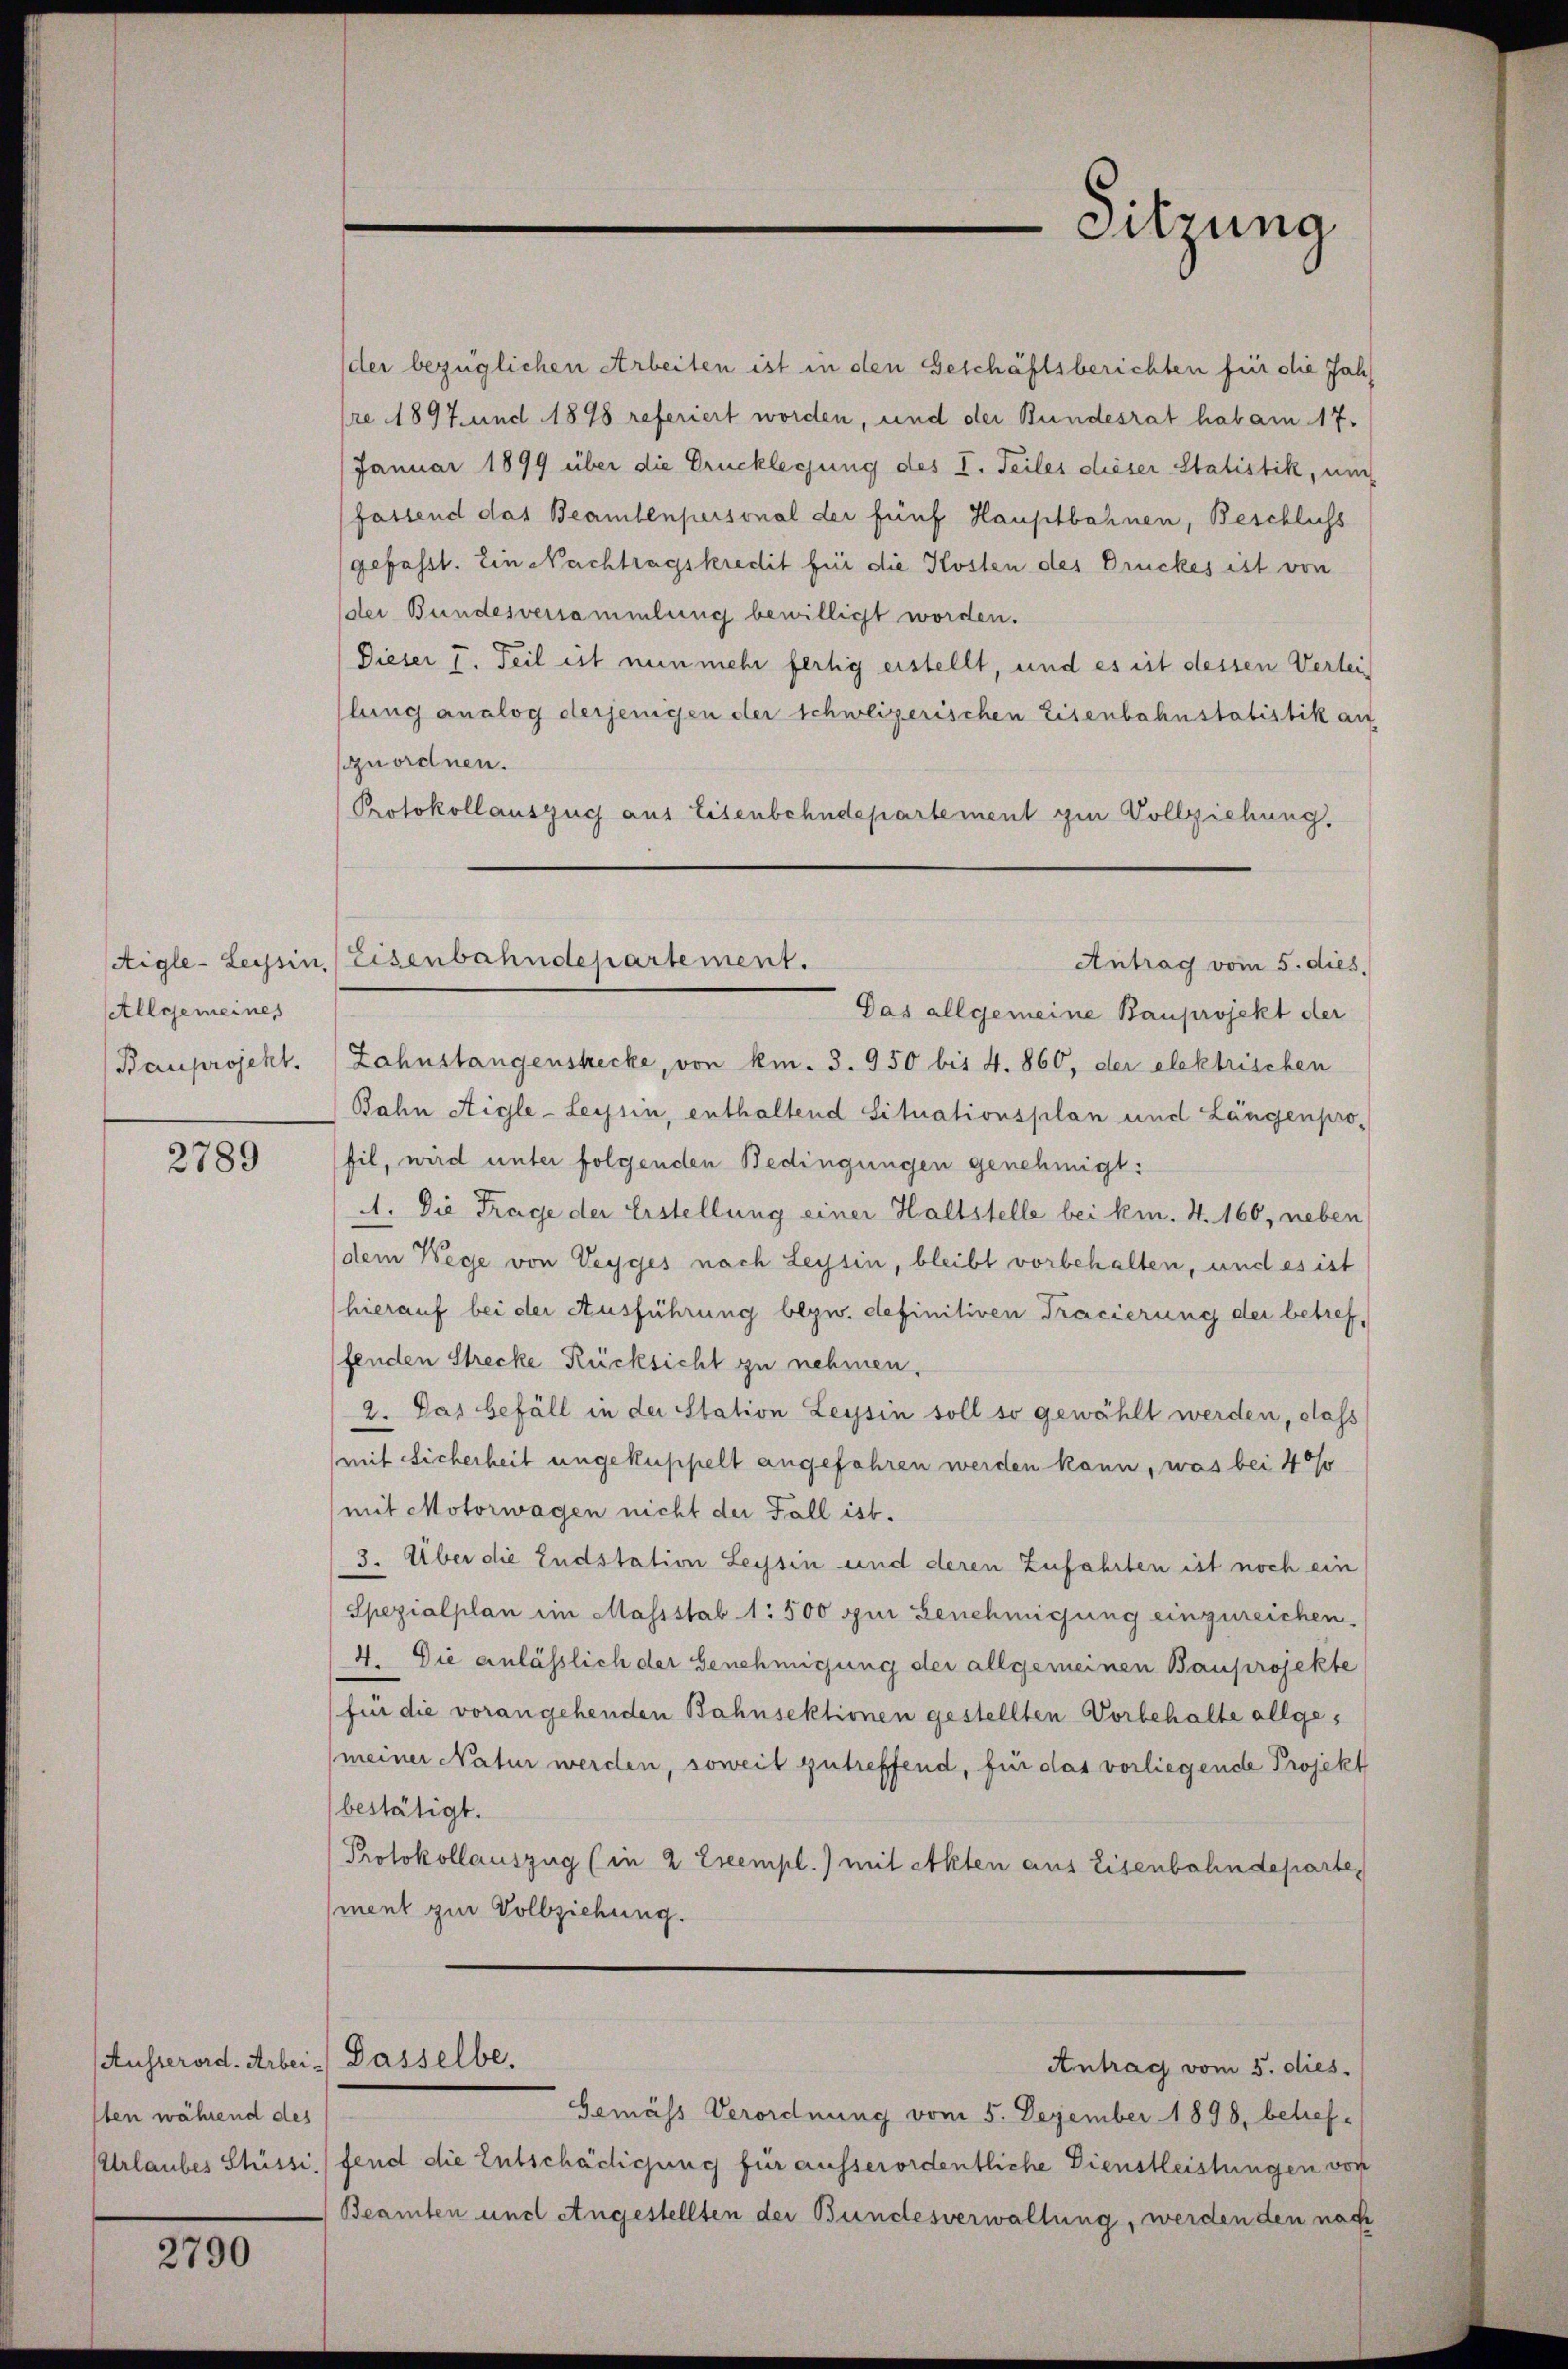
Aigle - Leysin.
Allgemeines
Bauprojekt.

2789

Ausserord. Arbei - Dasselbe.
lben während des

2790

der bezüglichen Arbeiten ist in den Geschäftsberichten für die Jahre 1897. und 1898 referiert worden, und der Bundesrat hab am 17.
Januar 1899 über die Drucklegung des I. Teiles dieser Statistik, um
fassend das Beamtenpersonal der fünf Hauptbahnen, Beschluss
gefasst. Ein Nachtragskredit für die Kosten des Druckes ist von
der Bundesversammlung bewilligt worden.
Dieser I. Teil ist nunmehr fertig erstellt, und es ist dessen Verlei
llung analog derjenigen der schweizerischen Eisenbahnstatistik au
zuordnen.
Protokollauszug aus Eisenbehndepartement in Vollziehung,

Das allgemeine Bauprojekt der
Zahnstangenstecke, von km. 3. 950 bis 4. 860, der elektrischen
Bahn Aigle - Leysin, enthaltend Situationsplan und Längenpro-
fil, wird unter folgenden Bedingungen genehmigt:
A. Die Frage der Erstellung einer Haltstelle bei km. 4. 160, neben
dem Wege von Veyges nach Leysin, bleibt vorbehalten, und es ist
hierauf bei der Ausführung bezw. definitiven Tracierung der betreffenden Strecke Rücksicht zu nehmen.
2. Das befäll in der Station Leysin soll so gewählt werden, dass
mit Sicherheit ungekuppelt angefahren werden kann, was bei 40%
(mit Motorwagen nicht der Fall ist.
3. Über die Endstation Leysin und deren Zufahrten ist noch ein
Spezialplan im Massstab 1: 500 zur Benehmigung einzureichen.
4. Die anlässlich der Genehmigung der allgemeinen Bauprojekte
für die vorangehenden Bahnsektionen gestellten Vorbehalte allgemeiner Natur werden, soweit zutreffend, für das vorliegende Projekt
bestätigt.
Protokollauszug (in 2 Exempl.) mit Akten aus Eisenbahndeparte
ment zur Vollziehung.
Antrag vom 5. dies.
Gemäss Verordnung vom 5. Dezember 1898, betref¬
Urlaubes Stüssi./ fend die Entschädigung für ausserordentliche Dienstleistungen von
Beamten und Angestellten der Bundesverwaltung, werden den nach

Sitzung

Eisenbahndepartement.
Antrag vom 5. dies